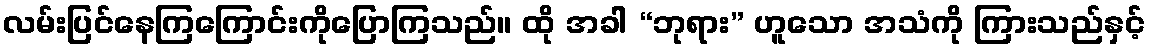
လမ်းပြင်နေကြကြောင်းကိုပြောကြသည်။ ထို အခါ “ဘုရား” ဟူသော အသံကို ကြားသည်နှင့်